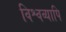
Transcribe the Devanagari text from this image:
विश्वव्यापि